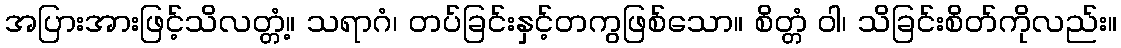
အပြားအားဖြင့်သိလတ္တံ့။ သရာဂံ၊ တပ်ခြင်းနှင့်တကွဖြစ်သော။ စိတ္တံ ဝါ၊ သိခြင်းစိတ်ကိုလည်း။